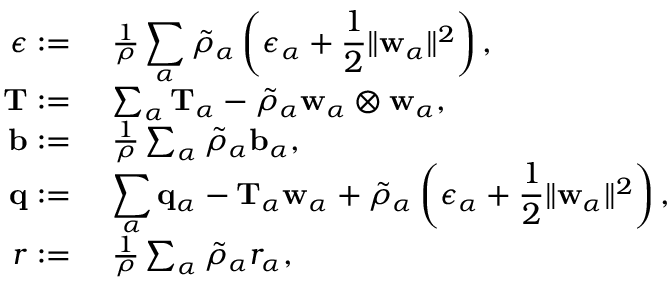
\begin{array} { r l } { \epsilon : = } & { ~ \frac { 1 } { \rho } \displaystyle \sum _ { \alpha } \tilde { \rho } _ { \alpha } \left( \epsilon _ { \alpha } + \frac { 1 } { 2 } \| \mathbf { w } _ { \alpha } \| ^ { 2 } \right) , } \\ { \mathbf { T } : = } & { ~ \sum _ { \alpha } \mathbf { T } _ { \alpha } - \tilde { \rho } _ { \alpha } \mathbf { w } _ { \alpha } \otimes \mathbf { w } _ { \alpha } , } \\ { \mathbf { b } : = } & { ~ \frac { 1 } { \rho } \sum _ { \alpha } \tilde { \rho } _ { \alpha } \mathbf { b } _ { \alpha } , } \\ { \mathbf { q } : = } & { ~ \displaystyle \sum _ { \alpha } \mathbf { q } _ { \alpha } - \mathbf { T } _ { \alpha } \mathbf { w } _ { \alpha } + \tilde { \rho } _ { \alpha } \left( \epsilon _ { \alpha } + \frac { 1 } { 2 } \| \mathbf { w } _ { \alpha } \| ^ { 2 } \right) , } \\ { r : = } & { ~ \frac { 1 } { \rho } \sum _ { \alpha } \tilde { \rho } _ { \alpha } r _ { \alpha } , } \end{array}